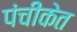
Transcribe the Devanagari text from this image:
पंचीकेत